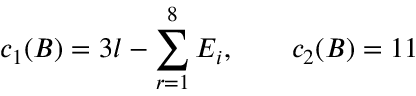
c _ { 1 } ( B ) = 3 l - \sum _ { r = 1 } ^ { 8 } E _ { i } , \qquad c _ { 2 } ( B ) = 1 1